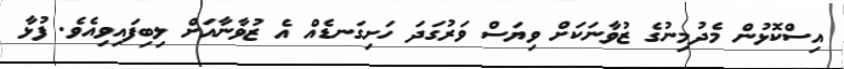
އިސްކޮޅުން މެދުމިނުގެ ޒުވާނަކަށް ވިޔަސް ވަރުގަދަ ހަށިގަނޑެއް އެ ޒުވާނާއަށް ލިބިފައިވިއެވެ. ފުޅާ